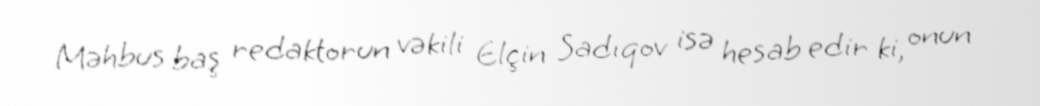
Məhbus baş redaktorun vəkili Elçin Sadıqov isə hesab edir ki, onun